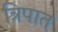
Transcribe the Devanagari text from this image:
त्रिपात